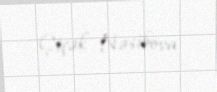
Çiçək Nəsibova